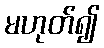
မဟုတ်၍